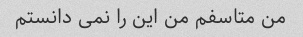
من متاسفم من این را نمی دانستم